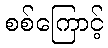
စစ်ကြောင့်